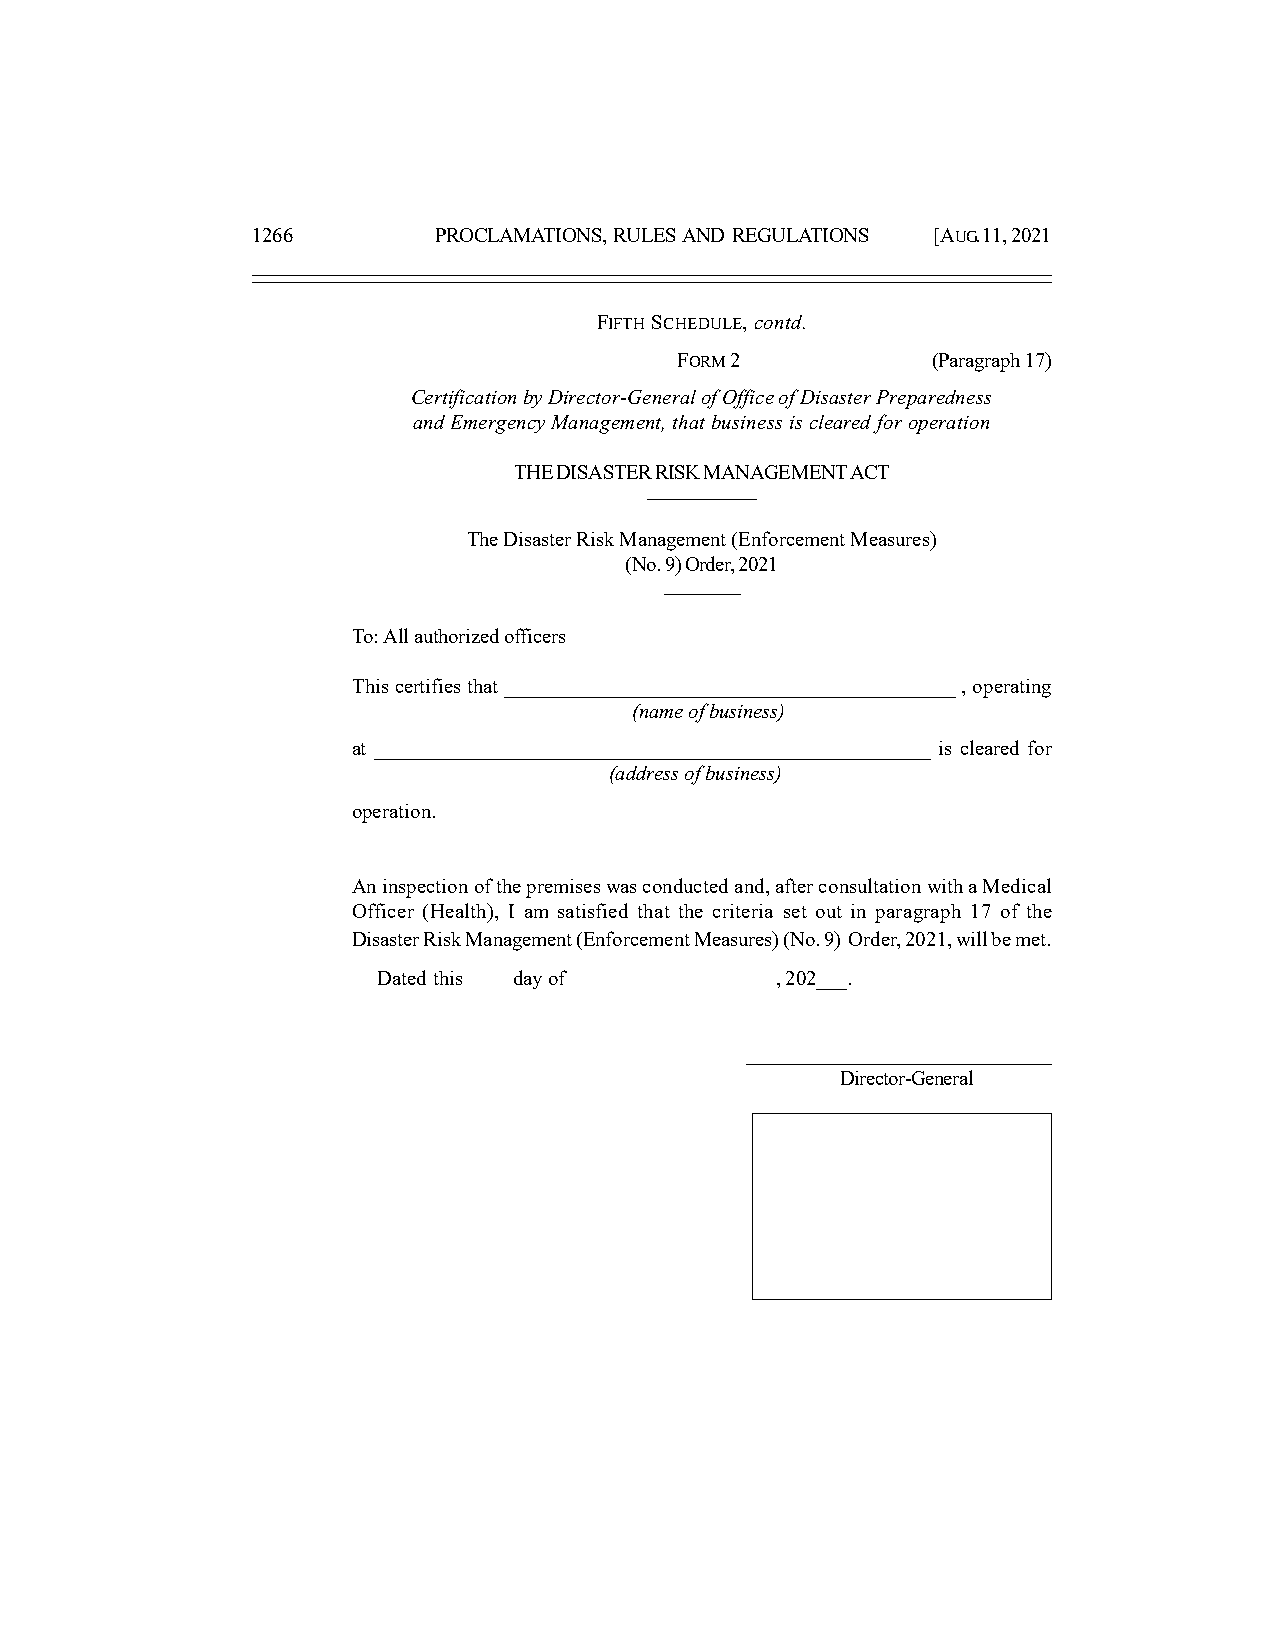
1266        PROCLAMATIONS, RULES AND REGULATIONS [AUG. 11, 2021
 FIFTH SCHEDULE, contd.
 FORM 2           (Paragraph 17)
 Certification by Director-General of Office of Disaster Preparedness
 and Emergency Management, that business is cleared for operation
 THE DISASTER RISK MANAGEMENT ACT
 ––––––––––
 The Disaster Risk Management (Enforcement Measures)
 (No. 9) Order, 2021
 –––––––
 To: All authorized officers
 This certifies that ___________________________________________ , operating
 (name of business)
 at _____________________________________________________ is cleared for
 (address of business)
 operation.
 An inspection of the premises was conducted and, after consultation with a Medical
 Officer (Health), I am satisfied that the criteria set out in paragraph 17 of the
 Disaster Risk Management (Enforcement Measures) (No. 9) Order, 2021, will be met.
 Dated this day of         , 202___.
 ____________________________
 Director-General
 Stamp or Seal